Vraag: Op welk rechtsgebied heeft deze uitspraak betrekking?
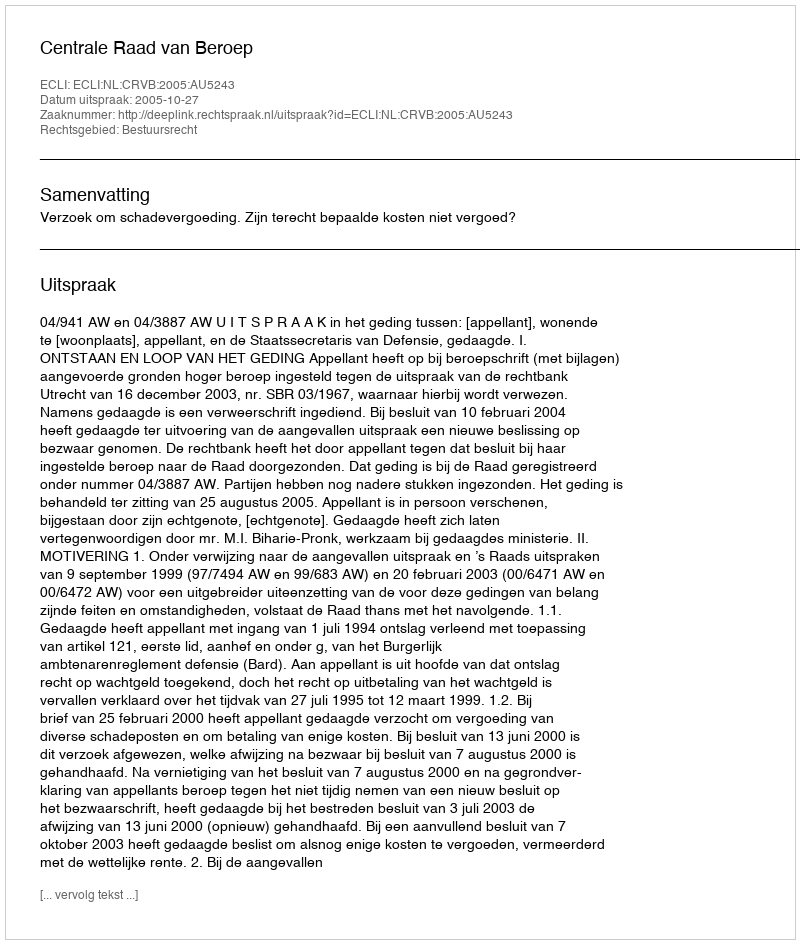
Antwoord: Bestuursrecht